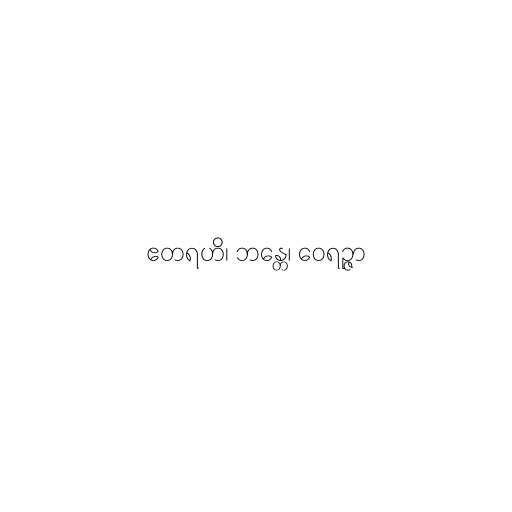
ဧတရဟိ၊ ဘန္တေ၊ ဝေရဉ္ဇာ